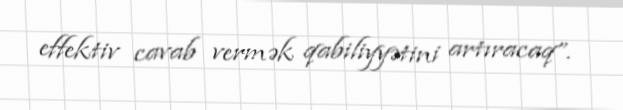
effektiv cavab vermək qabiliyyətini artıracaq”.